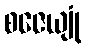
စဇေယျုံ